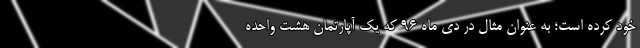
خود کرده است؛ به عنوان مثال در دی ماه ۹۶ که یک آپارتمان هشت واحده